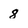
Character: 8